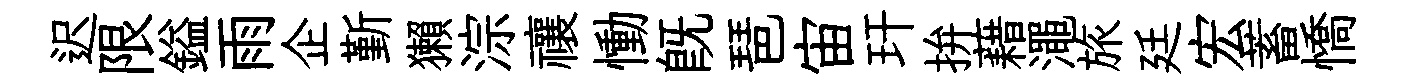
迟限鎰雨企斳獺淙禳慟旣琶宙玕拚藉澠旅廷宏蓄憍